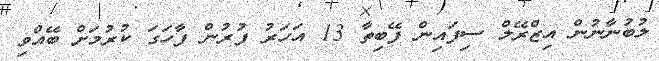
ލުބުނާނުން އިޒްރޭލް ސިފައިން ފޭބިތާ 13 އަހަރު ފުރުން ފާހަގަ ކުރުމަށް ބޭއްވި